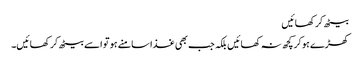
بیٹھ کر کھائیں
کھڑے ہوکر کچھ نہ کھائیں بلکہ جب بھی غذا سامنے ہو تو اسے بیٹھ کر کھائیں۔